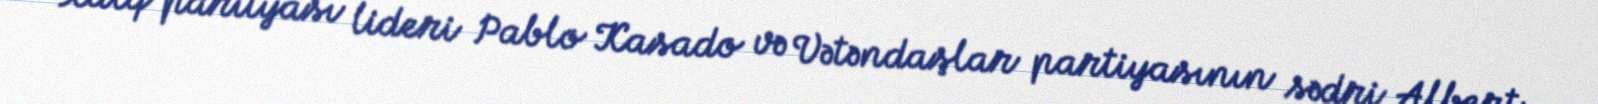
Xalq parityası lideri Pablo Kasado və Vətəndaşlar partiyasının sədri Albert